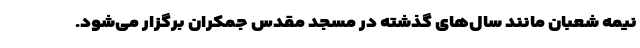
نیمه شعبان مانند سال‌های گذشته در مسجد مقدس جمکران برگزار می‌شود.